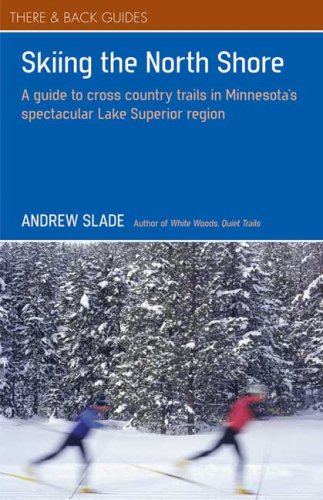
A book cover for Skiing the North Shore: A Guide to Cross Country Trails in Minnesota's Spectacular Lake Superior Region; Andrew Slade; Sports & Outdoors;